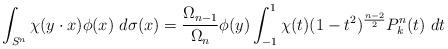
LaTeX: \begin{align*}\int_{S^n} \chi(y\cdot x)\phi(x)~d\sigma(x)&={\frac{\Omega_{n-1}}{\Omega_n}}\phi(y)\int_{-1}^1\chi(t)(1-t^2)^{\frac{n-2}2}P_k^n(t)~dt\end{align*}